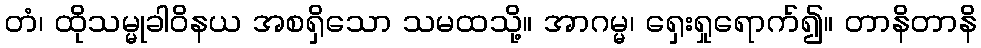
တံ၊ ထိုသမ္မုခါဝိနယ အစရှိသော သမထသို့။ အာဂမ္မ၊ ရှေးရှုရောက်၍။ တာနိတာနိ